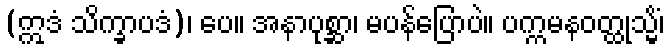
(ဣဒံ သိက္ခာပဒံ)၊ ပေ။ အနာပုစ္ဆာ၊ မပန်ပြောပဲ။ ပက္ကမနဝတ္ထုသ္မိံ၊